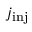
j _ { \mathrm { i n j } }